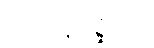
ဂိလာနပုစ္ဆိကာ